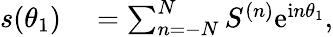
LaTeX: \begin{array}{rl}{s(\theta_{1})}&{{}=\sum_{n=-N}^{N}S^{(n)}\mathrm{e}^{\mathrm{i}n\theta_{1}},}\end{array}